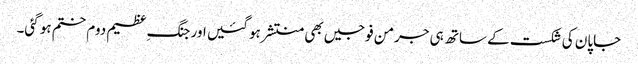
جاپان کی شکست کے ساتھ ہی جرمن فوجیں بھی منتشر ہو گئیں اور جنگ ِعظیم دوم ختم ہو گئی۔